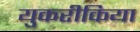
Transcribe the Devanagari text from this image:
युकरीकिया